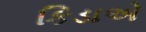
કિડાએ